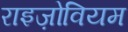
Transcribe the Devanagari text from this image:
राइज़ोवियम